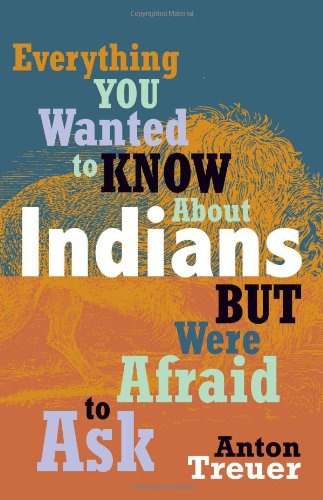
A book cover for Everything You Wanted to Know about Indians But Were Afraid to Ask; Anton Treuer; History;